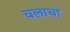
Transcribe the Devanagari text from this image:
चलाचा